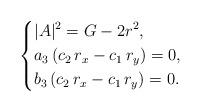
LaTeX: \begin{align*}\left\{\begin{aligned}&|A|^2=G-2r^2,\\&a_3\,(c_2\,r_x-c_1\,r_y)=0,\\&b_3\,(c_2\,r_x-c_1\,r_y)=0.\end{aligned}\right.\end{align*}